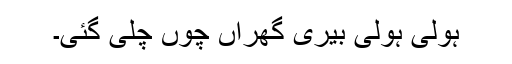
ہولی ہولی بیری گھراں چوں چلی گئی۔